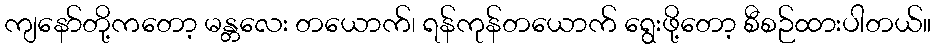
ကျနော်တို့ကတော့ မန္တလေး တယောက်၊ ရန်ကုန်တယောက် ရွေးဖို့တော့ စီစဉ်ထားပါတယ်။